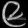
Digit: ၉